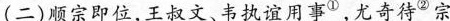
(二)顺宗即位，王叔文、书执谊用事^{①}，尤奇待^{②}宗